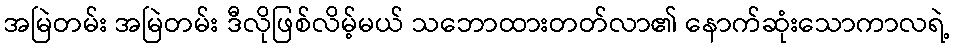
အမြဲတမ်း အမြဲတမ်း ဒီလိုဖြစ်လိမ့်မယ် သဘောထားတတ်လာ၏ နောက်ဆုံးသောကာလရဲ့